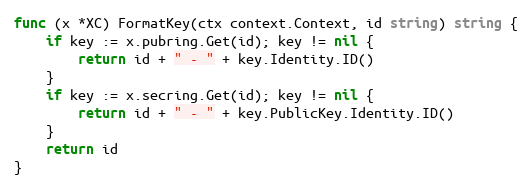
Language: Go
func (x *XC) FormatKey(ctx context.Context, id string) string {
	if key := x.pubring.Get(id); key != nil {
		return id + " - " + key.Identity.ID()
	}
	if key := x.secring.Get(id); key != nil {
		return id + " - " + key.PublicKey.Identity.ID()
	}
	return id
}